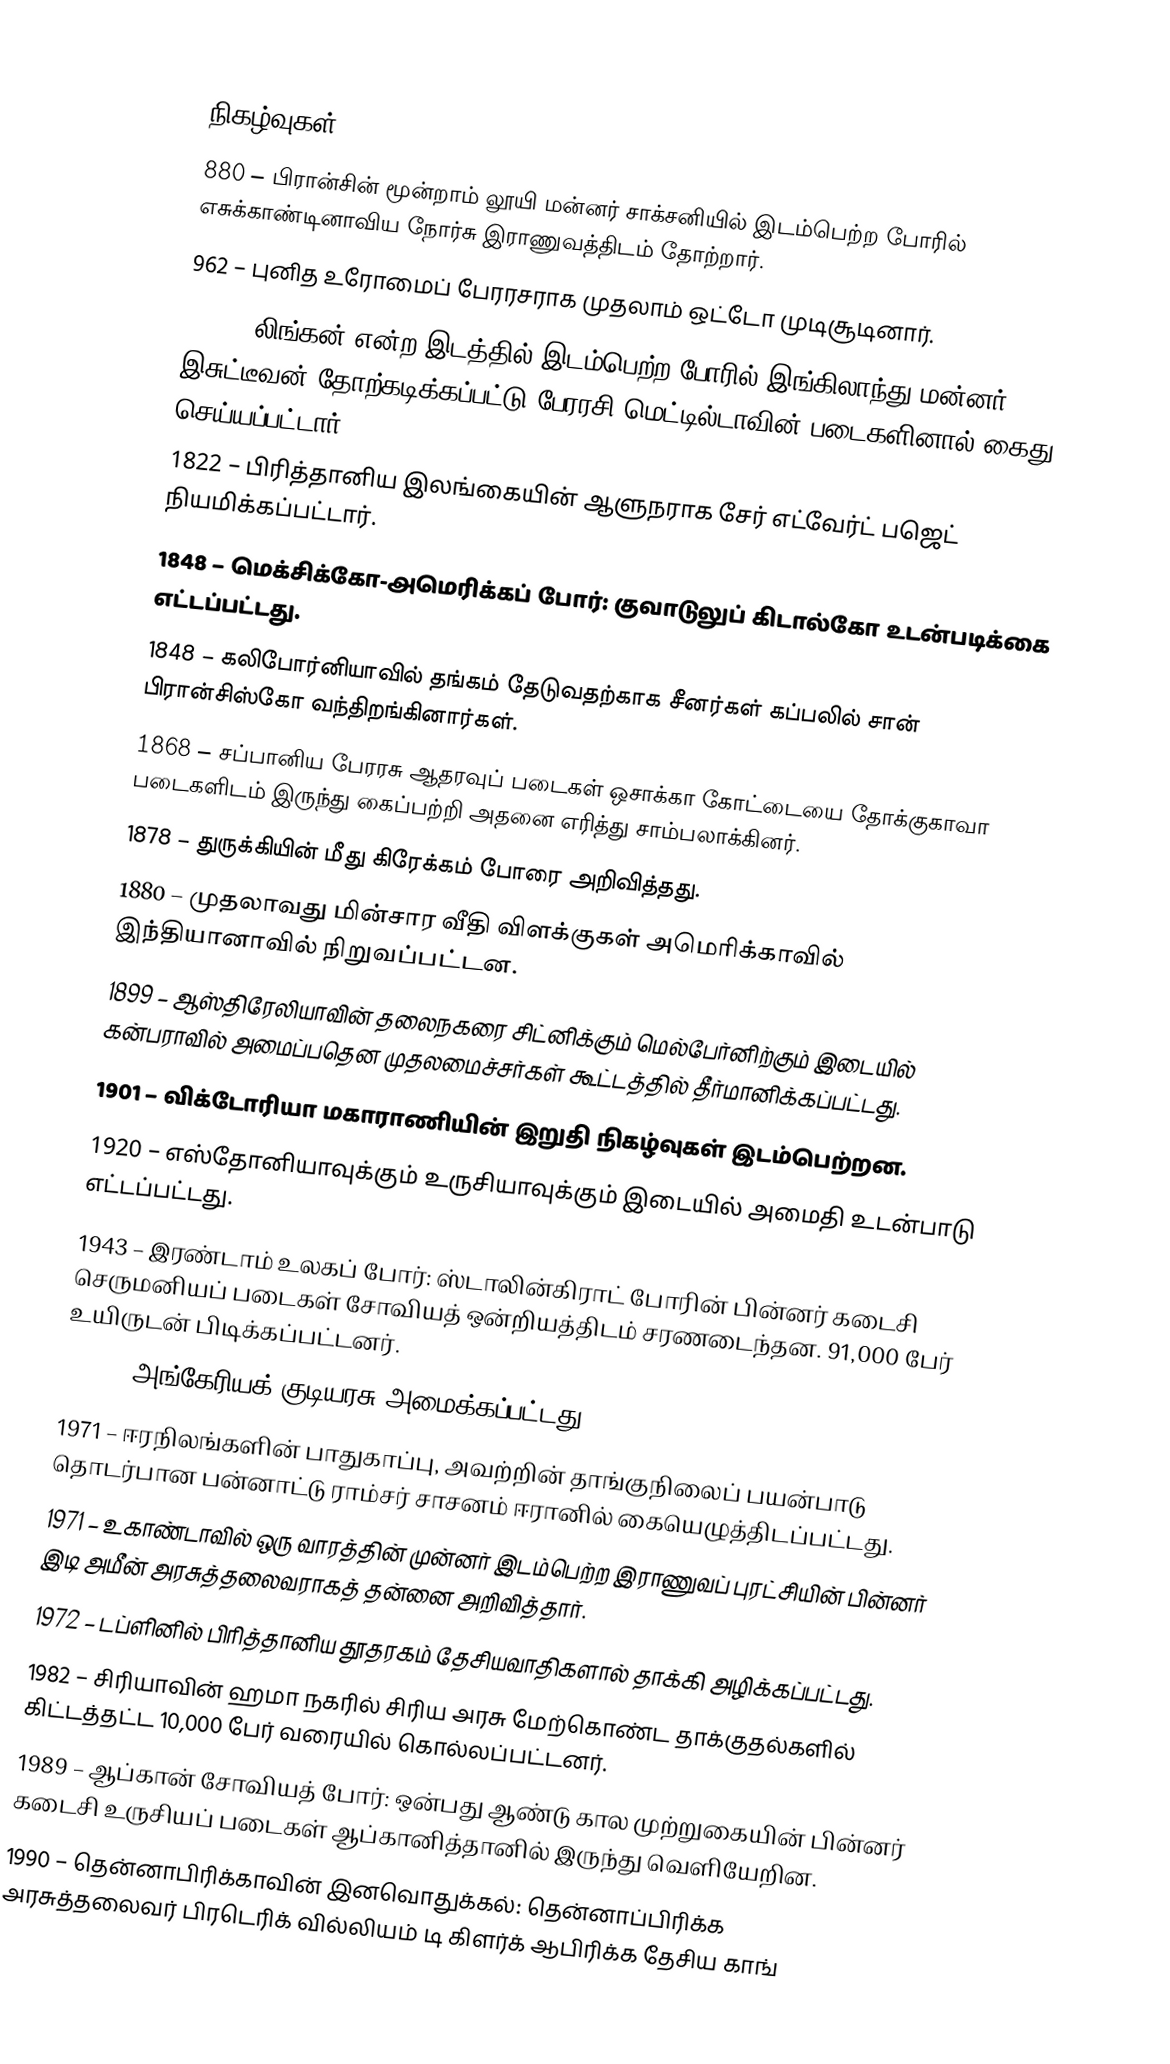

நிகழ்வுகள்
880 – பிரான்சின் மூன்றாம் லூயி மன்னர் சாக்சனியில் இடம்பெற்ற போரில் எசுக்காண்டினாவிய நோர்சு இராணுவத்திடம் தோற்றார்.
962 – புனித உரோமைப் பேரரசராக முதலாம் ஒட்டோ முடிசூடினார்.
1141 – லிங்கன் என்ற இடத்தில் இடம்பெற்ற போரில் இங்கிலாந்து மன்னர் இசுட்டீவன் தோற்கடிக்கப்பட்டு பேரரசி மெட்டில்டாவின் படைகளினால் கைது செய்யப்பட்டார்.
1822 – பிரித்தானிய இலங்கையின் ஆளுநராக சேர் எட்வேர்ட் பஜெட் நியமிக்கப்பட்டார்.
1848 – மெக்சிக்கோ-அமெரிக்கப் போர்: குவாடுலுப் கிடால்கோ உடன்படிக்கை எட்டப்பட்டது.
1848 – கலிபோர்னியாவில் தங்கம் தேடுவதற்காக சீனர்கள் கப்பலில் சான் பிரான்சிஸ்கோ வந்திறங்கினார்கள்.
1868 – சப்பானிய பேரரசு ஆதரவுப் படைகள் ஒசாக்கா கோட்டையை தோக்குகாவா படைகளிடம் இருந்து கைப்பற்றி அதனை எரித்து சாம்பலாக்கினர்.
1878 – துருக்கியின் மீது கிரேக்கம் போரை அறிவித்தது.
1880 – முதலாவது மின்சார வீதி விளக்குகள் அமெரிக்காவில் இந்தியானாவில் நிறுவப்பட்டன.
1899 – ஆஸ்திரேலியாவின் தலைநகரை சிட்னிக்கும் மெல்பேர்னிற்கும் இடையில் கன்பராவில் அமைப்பதென முதலமைச்சர்கள் கூட்டத்தில் தீர்மானிக்கப்பட்டது.
1901 – விக்டோரியா மகாராணியின் இறுதி நிகழ்வுகள் இடம்பெற்றன.
1920 – எஸ்தோனியாவுக்கும் உருசியாவுக்கும் இடையில் அமைதி உடன்பாடு எட்டப்பட்டது.
1943 – இரண்டாம் உலகப் போர்: ஸ்டாலின்கிராட் போரின் பின்னர் கடைசி செருமனியப் படைகள் சோவியத் ஒன்றியத்திடம் சரணடைந்தன. 91,000 பேர் உயிருடன் பிடிக்கப்பட்டனர்.
1946 – அங்கேரியக் குடியரசு அமைக்கப்பட்டது.
1971 – ஈரநிலங்களின் பாதுகாப்பு, அவற்றின் தாங்குநிலைப் பயன்பாடு தொடர்பான பன்னாட்டு ராம்சர் சாசனம் ஈரானில் கையெழுத்திடப்பட்டது.
1971 – உகாண்டாவில் ஒரு வாரத்தின் முன்னர் இடம்பெற்ற இராணுவப் புரட்சியின் பின்னர் இடி அமீன் அரசுத்தலைவராகத் தன்னை அறிவித்தார்.
1972 – டப்ளினில் பிரித்தானிய தூதரகம் தேசியவாதிகளால் தாக்கி அழிக்கப்பட்டது.
1982 – சிரியாவின் ஹமா நகரில் சிரிய அரசு மேற்கொண்ட தாக்குதல்களில் கிட்டத்தட்ட 10,000 பேர் வரையில் கொல்லப்பட்டனர்.
1989 – ஆப்கான் சோவியத் போர்: ஒன்பது ஆண்டு கால முற்றுகையின் பின்னர் கடைசி உருசியப் படைகள் ஆப்கானித்தானில் இருந்து வெளியேறின.
1990 – தென்னாபிரிக்காவின் இனவொதுக்கல்: தென்னாப்பிரிக்க அரசுத்தலைவர் பிரடெரிக் வில்லியம் டி கிளர்க் ஆபிரிக்க தேசிய காங்